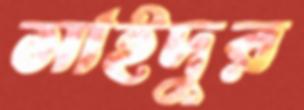
সাইদুর